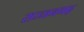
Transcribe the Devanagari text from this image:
सज्‍जनगढ़